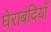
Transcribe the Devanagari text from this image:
घेराबंदियाँ